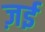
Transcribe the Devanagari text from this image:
ज़ई